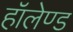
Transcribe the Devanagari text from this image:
हॉलेण्ड